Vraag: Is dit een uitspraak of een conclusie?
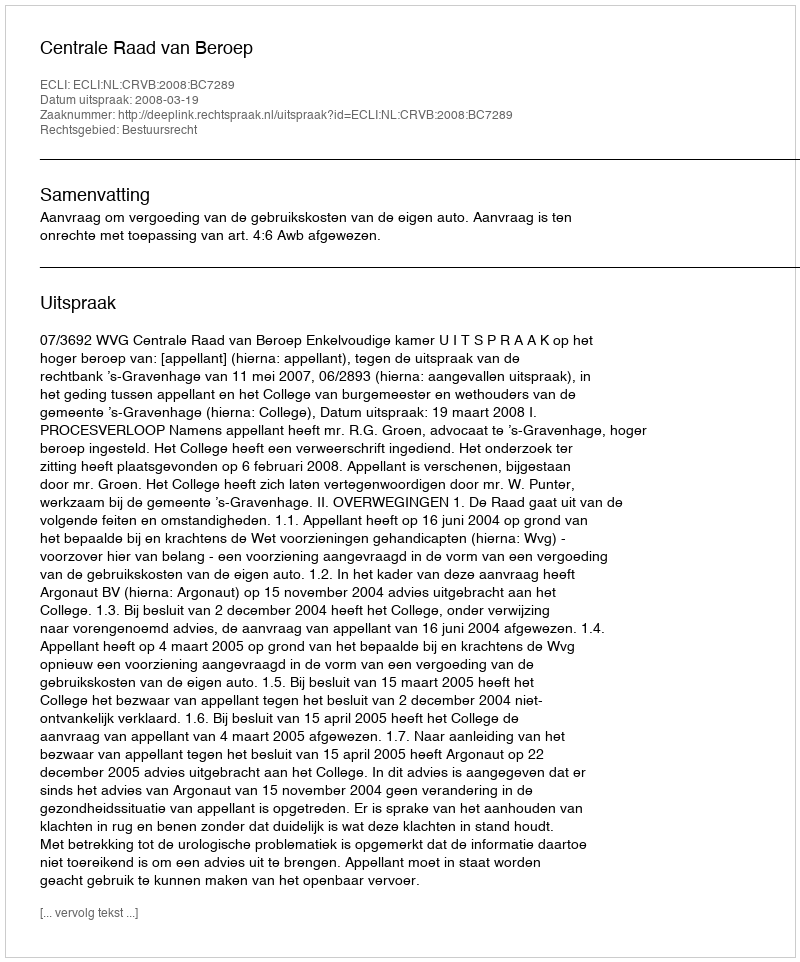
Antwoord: Uitspraak